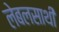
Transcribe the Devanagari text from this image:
लेबलसाथी